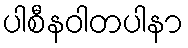
ပါစီနဝါတပါနာ